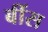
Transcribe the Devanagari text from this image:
बींस